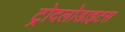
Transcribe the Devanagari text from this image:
ट्रोदलोडाइटस